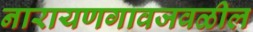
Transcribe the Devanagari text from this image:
नारायणगावजवळील